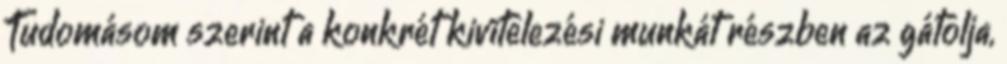
Tudomásom szerint a konkrét kivitelezési munkát részben az gátolja,